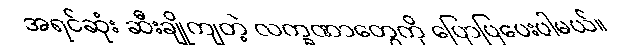
အရင်ဆုံး ဆီးချိုကျတဲ့ လက္ခဏာတွေကို ပြောပြပေးပါမယ်။